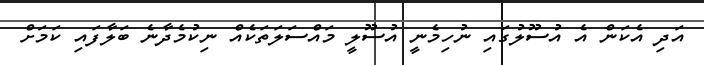
އަދި އެކަން އެ އުސޫލުގައި ނުހިމެނީ އުސޫލީ މައްސަލަތަކެއް ނިކުމެދާނެ ބަލާފައި ކަމަށް